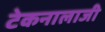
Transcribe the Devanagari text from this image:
टेकनालाजी